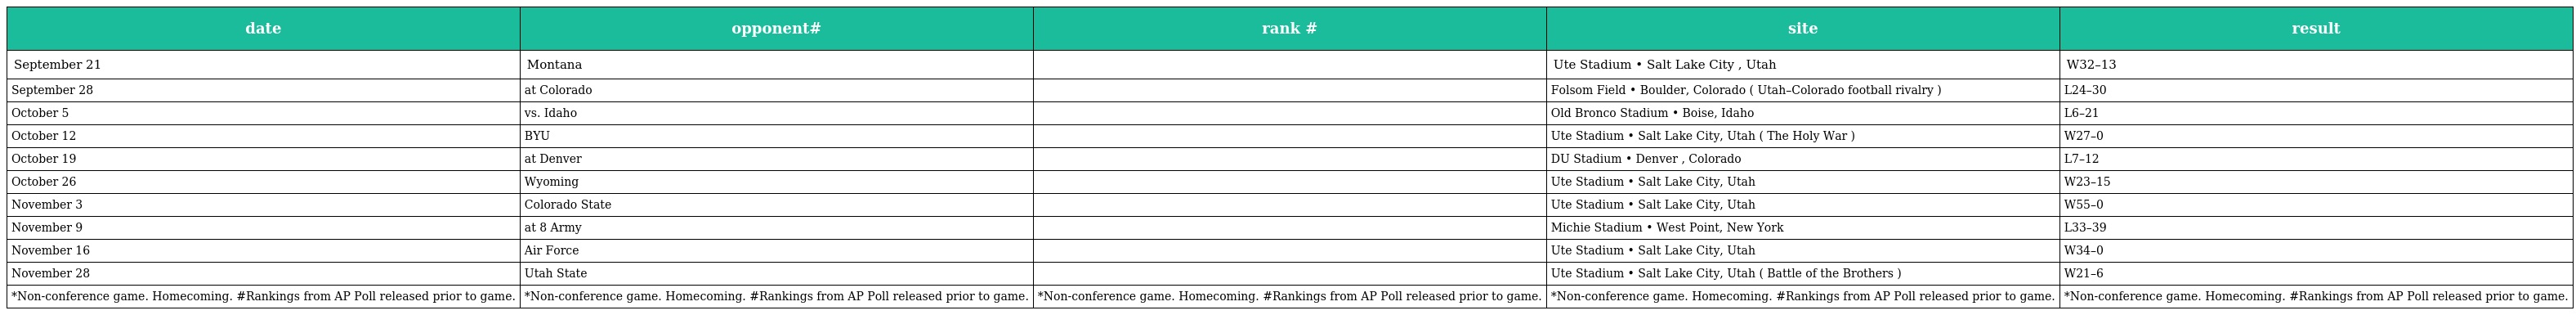
| date | opponent# | rank # | site | result |
 | --- | --- | --- | --- | --- |
 | September 21 | Montana |  | Ute Stadium • Salt Lake City , Utah | W32–13 |
 | September 28 | at Colorado |  | Folsom Field • Boulder, Colorado ( Utah–Colorado football rivalry ) | L24–30 |
 | October 5 | vs. Idaho |  | Old Bronco Stadium • Boise, Idaho | L6–21 |
 | October 12 | BYU |  | Ute Stadium • Salt Lake City, Utah ( The Holy War ) | W27–0 |
 | October 19 | at Denver |  | DU Stadium • Denver , Colorado | L7–12 |
 | October 26 | Wyoming |  | Ute Stadium • Salt Lake City, Utah | W23–15 |
 | November 3 | Colorado State |  | Ute Stadium • Salt Lake City, Utah | W55–0 |
 | November 9 | at 8 Army |  | Michie Stadium • West Point, New York | L33–39 |
 | November 16 | Air Force |  | Ute Stadium • Salt Lake City, Utah | W34–0 |
 | November 28 | Utah State |  | Ute Stadium • Salt Lake City, Utah ( Battle of the Brothers ) | W21–6 |
 | *Non-conference game. Homecoming. #Rankings from AP Poll released prior to game. | *Non-conference game. Homecoming. #Rankings from AP Poll released prior to game. | *Non-conference game. Homecoming. #Rankings from AP Poll released prior to game. | *Non-conference game. Homecoming. #Rankings from AP Poll released prior to game. | *Non-conference game. Homecoming. #Rankings from AP Poll released prior to game. |